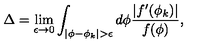
\Delta = \lim _ { \epsilon \rightarrow 0 } \int _ { | \phi - \phi _ { k } | > \epsilon } d \phi \frac { | f ^ { \prime } ( \phi _ { k } ) | } { f ( \phi ) } ,